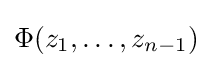
\Phi (z_{1},\ldots ,z_{n-1})